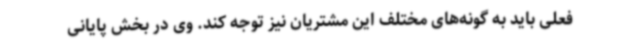
فعلی باید به گونه‌های مختلف این مشتریان نیز توجه کند. وی در بخش پایانی